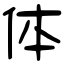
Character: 体